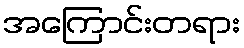
အကြောင်းတရား